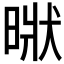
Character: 𣈚